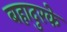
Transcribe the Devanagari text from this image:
बहादुरके